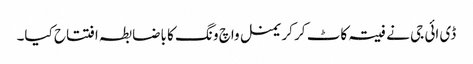
ڈی ائی جی نے فیتہ کاٹ کر کریمنل واچ ونگ کا باضابطہ افتتاح کیا۔